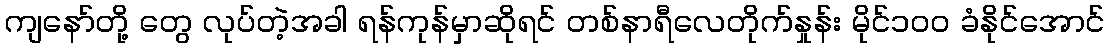
ကျနော်တို့ တွေ လုပ်တဲ့အခါ ရန်ကုန်မှာဆိုရင် တစ်နာရီလေတိုက်နှုန်း မိုင်၁၀၀ ခံနိုင်အောင်